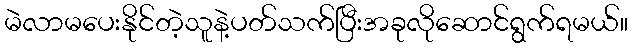
မဲလာမပေးနိုင်တဲ့သူနဲ့ပတ်သက်ပြီးအခုလိုဆောင်ရွက်ရမယ်။